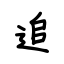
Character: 追